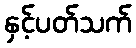
နှင့်ပတ်သက်